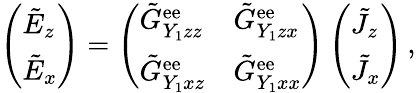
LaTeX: \left(\begin{array}{l}{\tilde{E}_{z}}\\ {\tilde{E}_{x}}\end{array}\right)=\left(\begin{array}{ll}{\tilde{G}_{Y_{1}zz}^{\mathrm{ee}}}&{\tilde{G}_{Y_{1}zx}^{\mathrm{ee}}}\\ {\tilde{G}_{Y_{1}xz}^{\mathrm{ee}}}&{\tilde{G}_{Y_{1}xx}^{\mathrm{ee}}}\end{array}\right)\left(\begin{array}{l}{\tilde{J}_{z}}\\ {\tilde{J}_{x}}\end{array}\right)\, ,